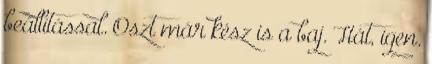
beállítással. Oszt már kész is a baj. Hát, igen.